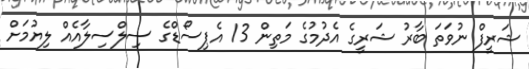
ޝަރީފް ނުވަތަ ބާރު ޝަރީގެ އެދުމުގެ މަތިން 13 އެޕިސޯޑްގެ ސިލްސިލާއެއް ލިޔުމަށް